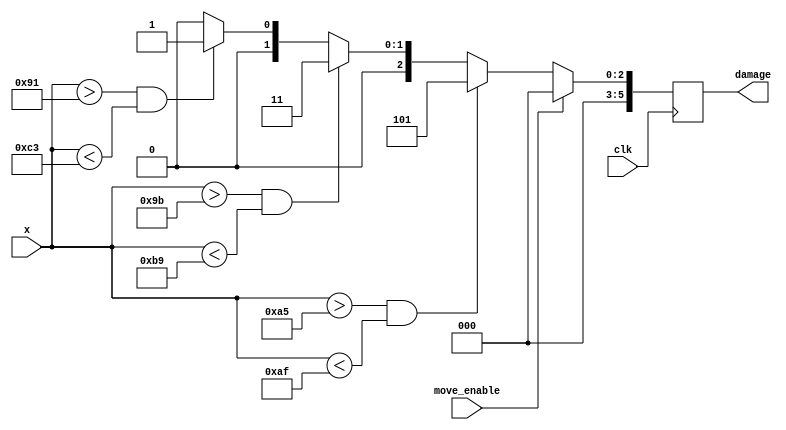
`timescale 1ns / 1ps
//////////////////////////////////////////////////////////////////////////////////
// Company: 
// Engineer: 
// 
// Design Name: 
// Module Name: calculate_score
// Project Name: 
// Target Devices: 
// Tool Versions: 
// Description: 
// 
// Dependencies: 
// 
// Revision:
// Revision 0.01 - File Created
// Additional Comments:
// 
//////////////////////////////////////////////////////////////////////////////////


module calculate_score(
        input clk,
        input [11:0] x,
        input move_enable,
        output reg [5:0] damage
    );
    always @(posedge clk) begin
        if (!move_enable) begin
            if(x > 165 && x < 175) begin damage <= 5; end
            else if (x > 155 && x < 185) begin damage <= 3; end
            else if (x > 145 && x < 195) begin damage <= 1; end
            else begin damage <= 0; end
        end
        else 
            damage <= 0;     // just in case, to prevent error
    end
endmodule